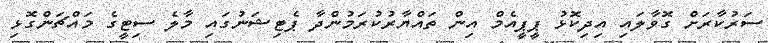
ސަރުކާރަށް ގޮވާލައި އިދިކޮޅު ޕީޕީއެމް އިން ތައްޔާރުކުރަމުންދާ ޕެޓިޝަނުގައި މާލެ ސިޓީގެ މައްޗަންގޮޅި